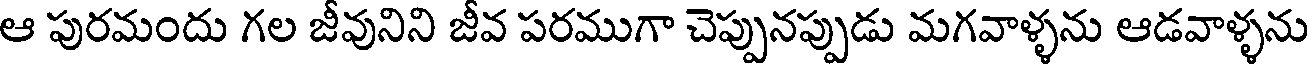
ఆ పురమందు గల జీవునిని జీవ పరముగా చెప్పునప్పుడు మగవాళ్ళను ఆడవాళ్ళను